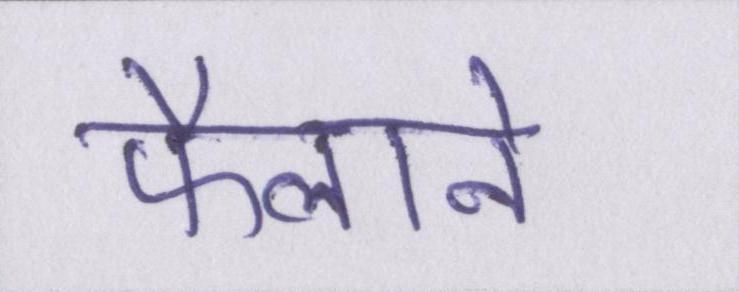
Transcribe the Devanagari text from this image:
फैलाने